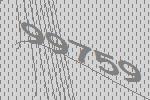
99759